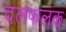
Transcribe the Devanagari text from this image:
दलफलक